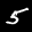
Label: 5